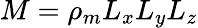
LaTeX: M=\rho_{m}L_{x}L_{y}L_{z}